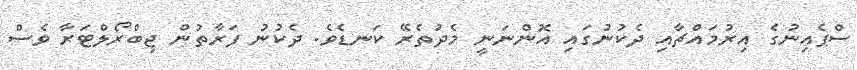
ސްޕެއިނުގެ އިރުމައްޗާއި ދެކުނުގައި އޮންނަނީ މެދުތެރޭ ކަނޑެވެ. ދެކުނު ފަރާތުން ޖިބްރޯލްޓަރާ ވެސް